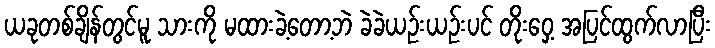
ယခုတစ်ချိန်တွင်မူ သားကို မထားခဲ့တော့ဘဲ ခဲခဲယဉ်းယဉ်းပင် တိုးဝှေ့ အပြင်ထွက်လာပြီး